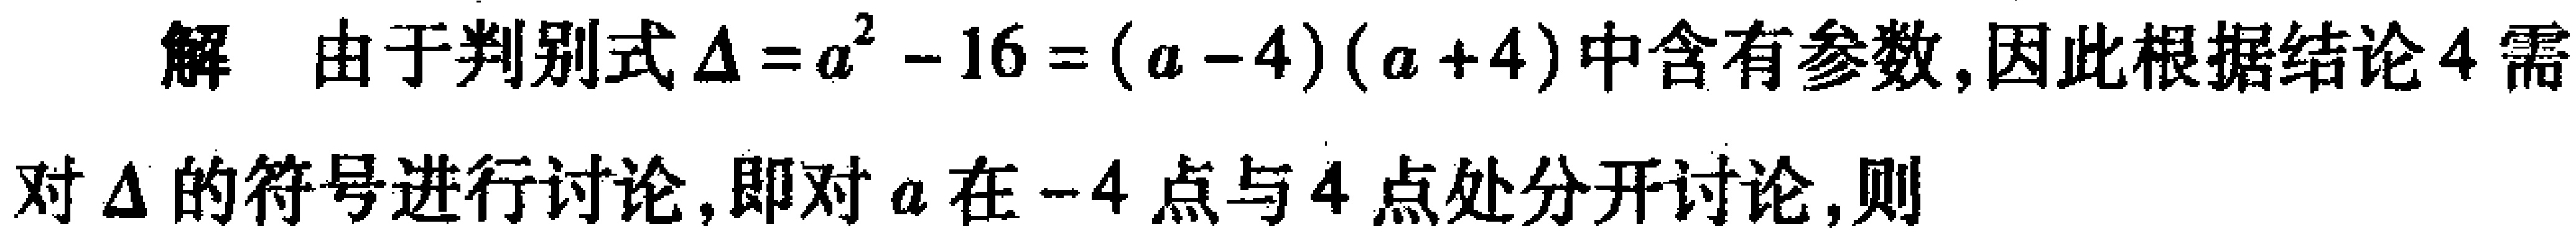
解 由于判别式\(\Delta = a^{2} - 16 = (a - 4)(a + 4)\)中含有参数,因此根据结论4需对\(\Delta\)的符号进行讨论,即对\(a\)在\(-4\)点与\(4\)点处分开讨论,则